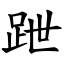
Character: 跇